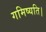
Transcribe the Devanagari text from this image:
गमिष्यति।